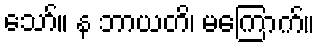
သော်။ န ဘာယတိ၊ မကြောက်။